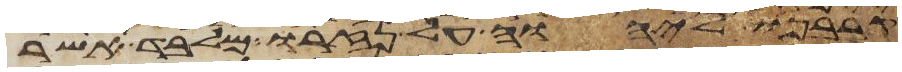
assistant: קרבנו ליהוה על נזרו מלבד אשר